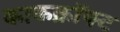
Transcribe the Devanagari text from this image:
काकक्रॉफ्ट